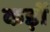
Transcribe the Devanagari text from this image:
कड़ों